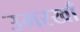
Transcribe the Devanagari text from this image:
उमरखाँ